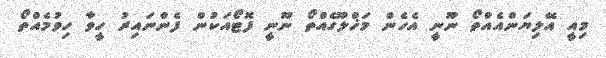
މިއީ އޭލިޔަންއެއްތޯ ނޫނީ އެހެން މަޚްލޫގެއްތޯ ނޫނީ ފޮޓޯއަކުން ފެންނައިރު ހީވާ ހިވުމެއްތޯ